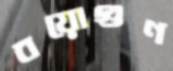
বয়োগুণ